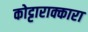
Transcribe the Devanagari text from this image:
कोट्टाराक्कारा